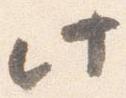
此